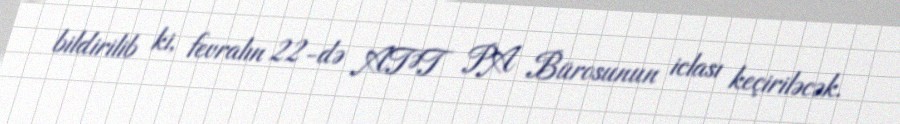
bildirilib ki, fevralın 22-də ATƏT PA Bürosunun iclası keçiriləcək.